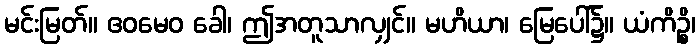
မင်းမြတ်။ ဧဝမေဝ ခေါ၊ ဤအတူသာလျှင်။ မဟိယာ၊ မြေပေါ်၌။ ယံကိဉ္စိ၊